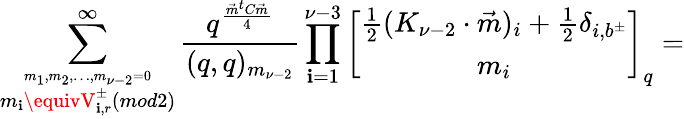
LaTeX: \sum_{\stackrel{m_{1},m_{2},\ldots,m_{\nu-2}=0}{m_{\mathbf{i}}\equivV_{\mathbf{i},r}^{\pm}(mod2)}}^{\infty}\frac{{q^{\frac{{\vec{{m}}^{t}C\vec{{m}}}}{{4}}}}}{{(q,q)_{m_{\nu-2}}}}\prod_{\mathbf{i}=1}^{\nu-3}\left[\begin{array}{c}{{\frac{1}{2}(K_{\nu-2}\cdot\vec{m})_{i}+\frac{1}{2}\delta_{i,b^{\pm}}}}\\ {{m_{i}}}\end{array}\right]_{q}=